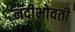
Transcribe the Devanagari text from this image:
नदीभोवती